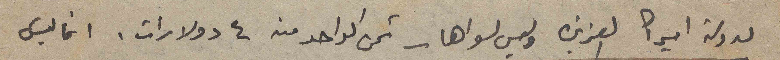
لدولة اميركا العزيزه وليس لسواها – ثمن الواحد منه ٤ دولارات. انما ليسَ